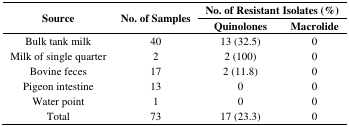
| <ROWSPAN=2> Source | <ROWSPAN=2> No. of Samples | <COLSPAN=2> No. of Resistant Isolates (%) |
 | Quinolones | Macrolide |
 | --- | --- | --- | --- |
 | Bulk tank milk | 40 | 13 (32.5) | 0 |
 | Milk of single quarter | 2 | 2 (100) | 0 |
 | Bovine feces | 17 | 2 (11.8) | 0 |
 | Pigeon intestine | 13 | 0 | 0 |
 | Water point | 1 | 0 | 0 |
 | Total | 73 | 17 (23.3) | 0 |